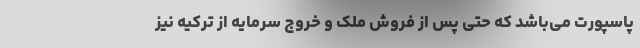
پاسپورت می‌باشد که حتی پس از فروش ملک و خروج سرمایه از ترکیه نیز